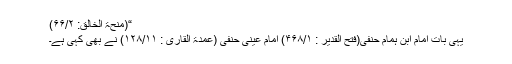
“(منحۃ الخالق: ۶۶/۲)
یہی بات امام ابنِ ہمام حنفی(فتح القدیر : ۴۶۸/۱) امام عینی حنفی (عمدۃ القاری : ۱۲۸/۱۱) نے بھی کہی ہے۔